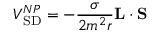
V _ { \mathrm { S D } } ^ { N P } = - { \frac { \sigma } { 2 m ^ { 2 } r } } { \bf L } \cdot { \bf S }